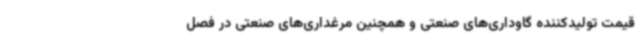
قیمت تولیدکننده گاوداری‌های صنعتی و همچنین مرغداری‌های صنعتی‌ در فصل